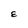
Character: E